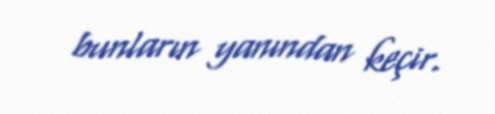
bunların yanından keçir.